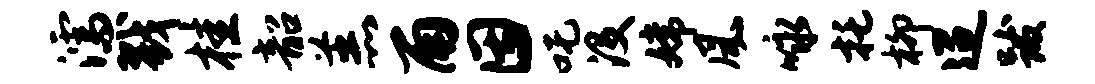
濡戮桂韶羔雨因吒没嫦风咏托柳迢跋